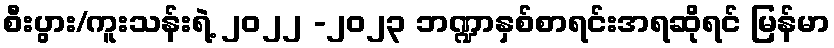
စီးပွား/ကူးသန်းရဲ့ ၂၀၂၂ -၂၀၂၃ ဘဏ္ဍာနှစ်စာရင်းအရဆိုရင် မြန်မာ